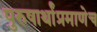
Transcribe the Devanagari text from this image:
पुरुषार्थांप्रमाणेच